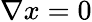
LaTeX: \nabla x=0